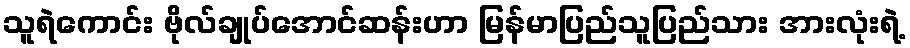
သူရဲကောင်း ဗိုလ်ချုပ်အောင်ဆန်းဟာ မြန်မာပြည်သူပြည်သား အားလုံးရဲ့